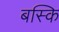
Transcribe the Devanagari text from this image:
बस्कि